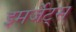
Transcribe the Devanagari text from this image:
इमर्जेंट्स